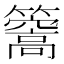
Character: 𥶧